Report of the Municipal Commissioner on the plague in Bombay for the year ending 31st May... - Volume 2
Disease focus: Plague
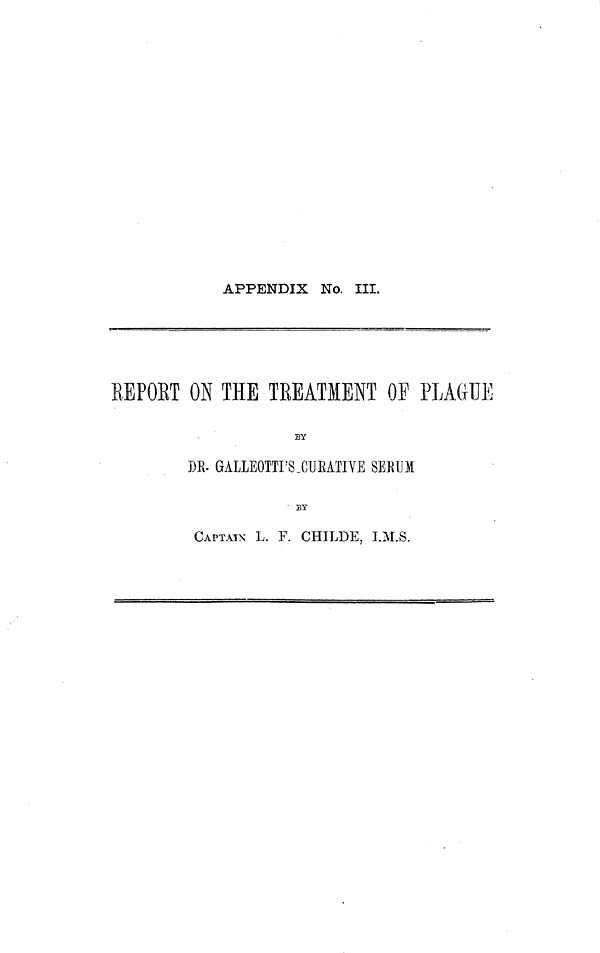
APPENDIX No. III.
REPORT ON THE TREATMENT OP PLAGUE
BY
DR. GALLEOTTI'S CURATIVE SERUM
BY
CAPTAIN L. F. CHILDE, I.M.S.